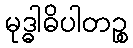
မုဒ္ဓါဓိပါတဉ္စ